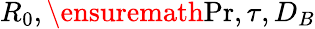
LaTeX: R_{0},\ensuremath{\mathrm{Pr}},\tau,D_{B}